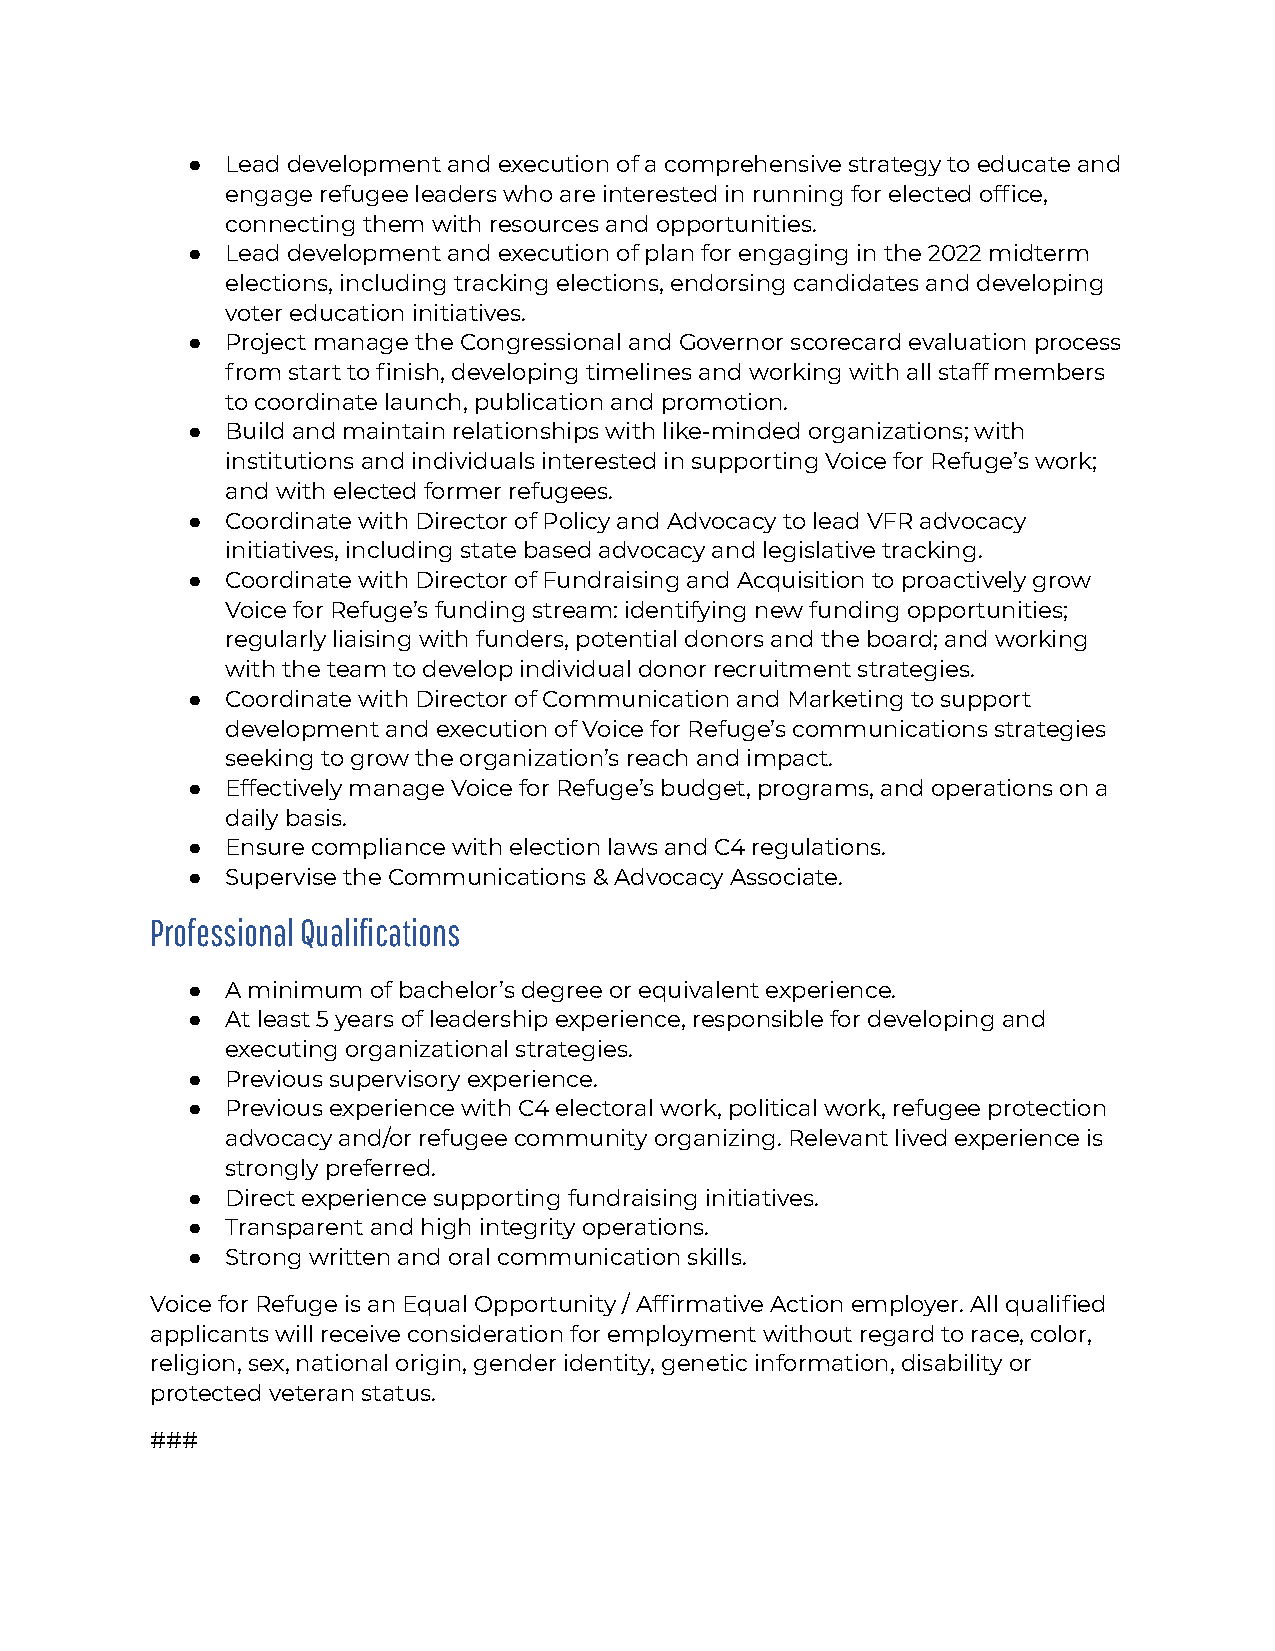
●  Lead development and execution of a comprehensive strategy to educate and
 engage refugee leaders who are interested in running for elected office,
 connecting them with resources and opportunities.
 ●  Lead development and execution of plan for engaging in the 2022 midterm
 elections, including tracking elections, endorsing candidates and developing
 voter education initiatives.
 ●  Project manage the Congressional and Governor scorecard evaluation process
 from start to finish, developing timelines and working with all staff members
 to coordinate launch, publication and promotion.
 ●  Build and maintain relationships with like-minded organizations; with
 institutions and individuals interested in supporting Voice for Refuge’s work;
 and with elected former refugees.
 ●  Coordinate with Director of Policy and Advocacy to lead VFR advocacy
 initiatives, including state based advocacy and legislative tracking.
 ●  Coordinate with Director of Fundraising and Acquisition to proactively grow
 Voice for Refuge’s funding stream: identifying new funding opportunities;
 regularly liaising with funders, potential donors and the board; and working
 with the team to develop individual donor recruitment strategies.
 ●  Coordinate with Director of Communication and Marketing to support
 development and execution of Voice for Refuge’s communications strategies
 seeking to grow the organization’s reach and impact.
 ●  Effectively manage Voice for Refuge’s budget, programs, and operations on a
 daily basis.
 ●  Ensure compliance with election laws and C4 regulations.
 ●  Supervise the Communications & Advocacy Associate.
 Professional Qualifications
 ●  A minimum of bachelor’s degree or equivalent experience.
 ●  At least 5 years of leadership experience, responsible for developing and
 executing organizational strategies.
 ●  Previous supervisory experience.
 ●  Previous experience with C4 electoral work, political work, refugee protection
 advocacy and/or refugee community organizing. Relevant lived experience is
 strongly preferred.
 ●  Direct experience supporting fundraising initiatives.
 ●  Transparent and high integrity operations.
 ●  Strong written and oral communication skills.
 Voice for Refuge is an Equal Opportunity / Affirmative Action employer. All qualified
 applicants will receive consideration for employment without regard to race, color,
 religion, sex, national origin, gender identity, genetic information, disability or
 protected veteran status.
 ###